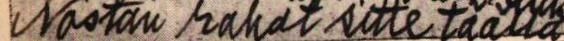
Nostan rahat sitte täällä